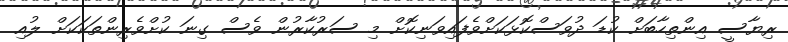
ރިޔާސީ އިންތިހާބަށް ކުޑަ ދުވަސްކޮޅަކަށްވެފައިވަނިކޮށް މި ސަރުކާރުން ވެސް ގިނަ ކުށްވެރިންތަކަކަށް ލުއި